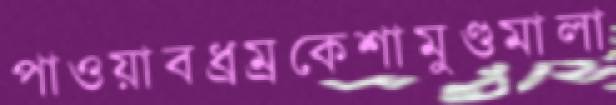
পাওয়াবধ্রম্রকেশামুণ্ডমালা